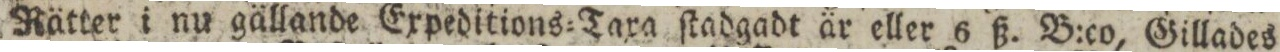
Rätter i nu gällande Expeditions=Taxa ſtadgadt är eller 6 ß. B:co, Gillades